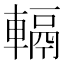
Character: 𨍮